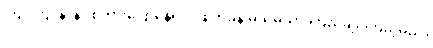
ကြင်ကြင်နာနာ စကားပြောနေရင်း ဖျတ်ခနဲ မသိမသာ ကြည့်ချင်ကြည့်မည်။